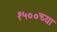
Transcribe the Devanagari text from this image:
१५००च्या